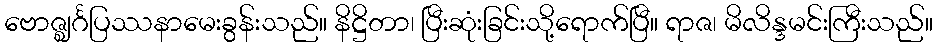
ဗောဇ္ဈင်္ဂပြဿနာမေးခွန်းသည်။ နိဋ္ဌိတာ၊ ပြီးဆုံးခြင်းသို့ရောက်ပြီ။ ရာဇ၊ မိလိန္ဒမင်းကြီးသည်။